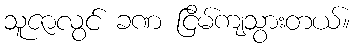
သူဇာလွင် ခဏ ငြိမ်ကျသွားတယ်။